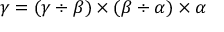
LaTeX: \gamma = ( \gamma \div \beta ) \times ( \beta \div \alpha ) \times \alpha